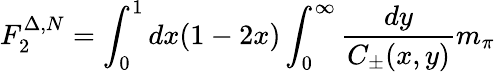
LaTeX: F_{2}^{\Delta,N}=\int_{0}^{1}dx(1-2x)\int_{0}^{\infty}{\frac{dy}{C_{\pm}(x,y)}}m_{\pi}